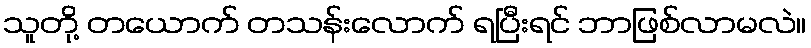
သူတို့ တယောက် တသန်းလောက် ရပြီးရင် ဘာဖြစ်လာမလဲ။